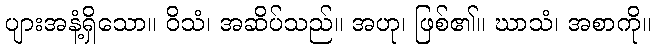
ပျားအနံ့ရှိသော။ ဝိသံ၊ အဆိပ်သည်။ အဟု၊ ဖြစ်၏။ ဃာသံ၊ အစာကို။